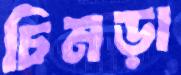
চিমড়া